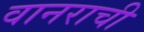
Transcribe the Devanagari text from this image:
वानराची